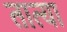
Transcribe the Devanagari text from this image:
तात्‍या